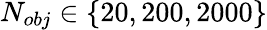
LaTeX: N_{obj}\in\{ 20,200,2000\}